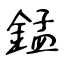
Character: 錳